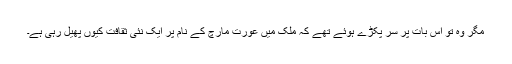
مگر وہ تو اس بات پر سر پکڑے ہوئے تھے کہ ملک میں عورت مارچ کے نام پر ایک نئی ثقافت کیوں پھیل رہی ہے۔